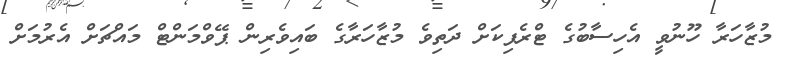
މުޒާހަރާ ހޫނުވީ އެހިސާބުގެ ޓްރެފިކަށް ދަތިވެ މުޒާހަރާގެ ބައިވެރިން ޕޭވްމަންޓް މައްޗަށް އެރުމަށް